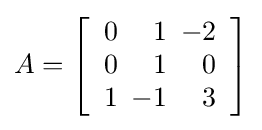
A=\left[{\begin{array}{rrr}0&1&\!\!\!-2\\0&1&0\\1&\!\!\!-1&3\end{array}}\right]